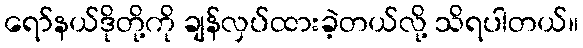
ရော်နယ်ဒိုတို့ကို ချန်လှပ်ထားခဲ့တယ်လို့ သိရပါတယ်။